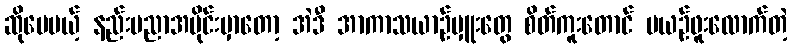
ဆိုပေမယ့် နည်းပညာအပိုင်းမှာတော့ အဲဒီ အာကာသယာဉ်မှူးတွေ စိတ်ကူးတောင် မယဉ်ဖူးလောက်တဲ့